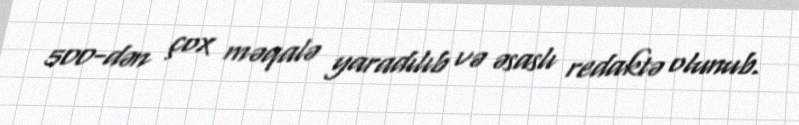
500-dən çox məqalə yaradılıb və əsaslı redaktə olunub.